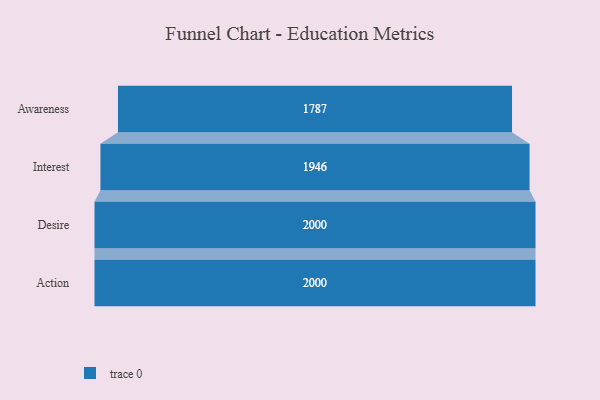
{"axis": {"x": "Stage", "y": "Value"}, "legend": [""], "data": [{"x": "Awareness", "y": 1787.0, "type": ""}, {"x": "Interest", "y": 1946.0, "type": ""}, {"x": "Desire", "y": 2000, "type": ""}, {"x": "Action", "y": 2000, "type": ""}]}